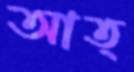
আত্